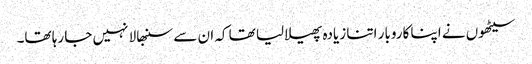
سیٹھوں نے اپنا کاروبار اتنا زیادہ پھیلا لیا تھا کہ ان سے سنبھالا نہیں جا رہا تھا۔